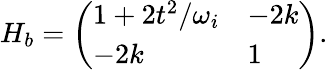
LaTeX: H_{b}=\left(\begin{array}{ll}{1+2t^{2}/\omega_{i}}&{-2k}\\ {-2k}&{1}\end{array}\right).